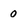
Character: 0